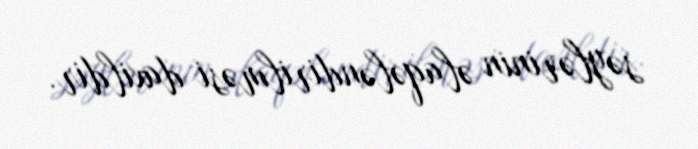
səylərinin əlaqələndirilməsi daxildir.